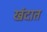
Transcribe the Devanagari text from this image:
खंदात